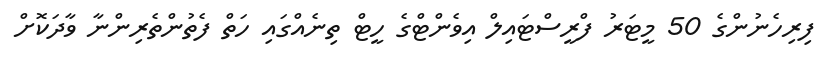
ފިރިހެނުންގެ 50 މީޓަރު ފްރީސްޓައިލް އިވެންޓްގެ ހީޓް ތިނެއްގައި ހަތް ފެތުންތެރިންނާ ވާދަކޮށް